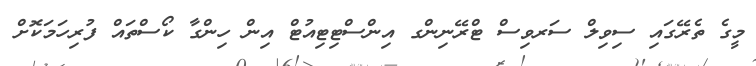
މީގެ ތެރޭގައި ސިވިލް ސަރވިސް ޓްރޭނިންގ އިންސްޓިޓިއުޓް އިން ހިންގާ ކޯސްތައް ފުރިހަމަކޮށް